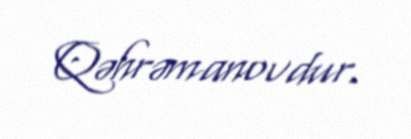
Qəhrəmanovdur.